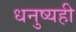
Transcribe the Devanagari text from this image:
धनुष्यही